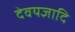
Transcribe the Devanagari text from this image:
देवयज्ञादि